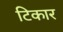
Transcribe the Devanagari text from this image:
टिकार